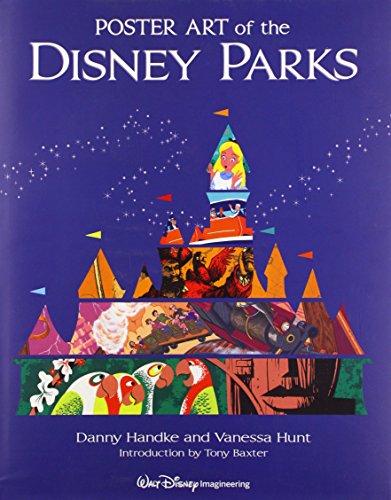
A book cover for Poster Art of the Disney Parks (A Disney Parks Souvenir Book); Daniel Handke; Humor & Entertainment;